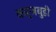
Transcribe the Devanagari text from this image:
कर्जबुडी